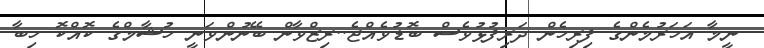
ނީމާ އަހަރުމެންގެ ފިރިހެން ދަރިފުޅުވެސް ބޮޑުވެއްޖެ..ރިޒްވާން ބޭނުންވަނީ ހުޝާމްގެ ކޮއްކޮ ހިބާ